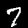
Label: 7